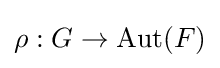
\rho :G\to \operatorname {Aut} (F)